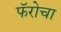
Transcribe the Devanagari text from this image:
फॅरोचा